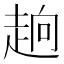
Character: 𮚹